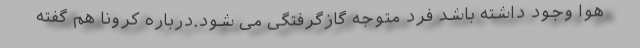
هوا وجود داشته باشد فرد متوجه گازگرفتگی می شود.درباره کرونا هم گفته